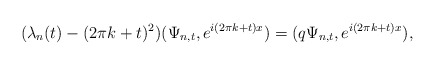
\begin{align*}(\lambda_{n}(t)-(2\pi k+t)^{2})(\Psi_{n,t},e^{i(2\pi k+t)x})=(q\Psi_{n,t},e^{i(2\pi k+t)x}),\end{align*}